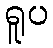
ရူပ